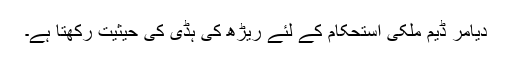
دیامر ڈیم ملکی استحکام کے لئے ریڑھ کی ہڈی کی حیثیت رکھتا ہے۔